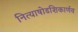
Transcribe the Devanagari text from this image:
नित्याषोडशिकार्णव